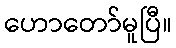
ဟောတော်မူပြီ။